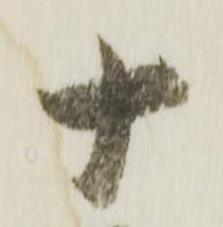
十